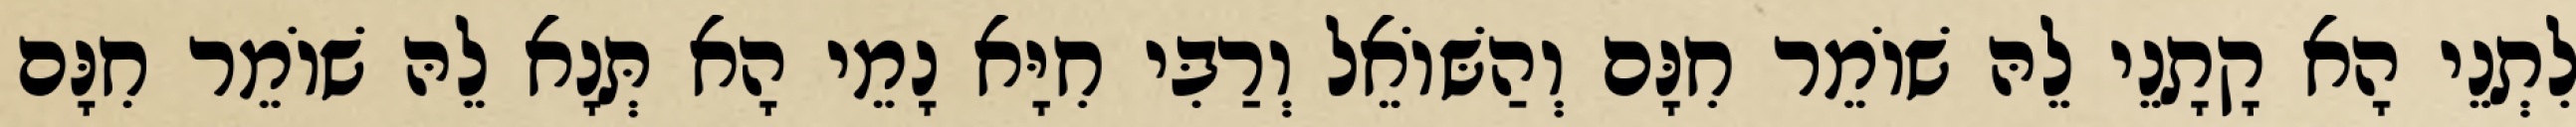
לִתְנֵי הָא קָתָנֵי לֵהּ שׁוֹמֵר חִנָּם וְהַשּׁוֹאֵל וְרַבִּי חִיָּא נָמֵי הָא תְּנָא לֵהּ שׁוֹמֵר חִנָּם